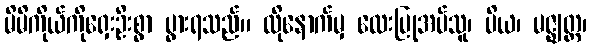
မိမိကိုယ်ကိုရှေးဦးစွာ ပွားရသည်။ ထိုနောက်မှ လေးပြုအပ်သူ၊ ပိယ၊ မဇ္ဈတ္တ၊